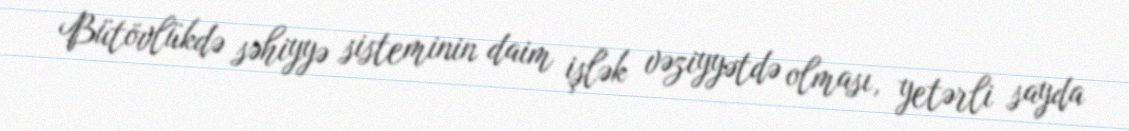
Bütövlükdə səhiyyə sisteminin daim işlək vəziyyətdə olması, yetərli sayda